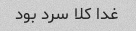
غدا کلا سرد بود